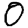
Digit: 0